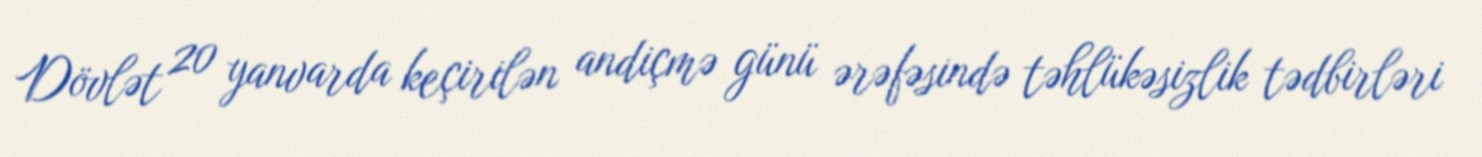
Dövlət 20 yanvarda keçirilən andiçmə günü ərəfəsində təhlükəsizlik tədbirləri